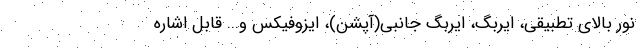
نور بالای تطبیقی، ایربگ، ایربگ جانبی(آپشن)، ایزوفیکس و... قابل اشاره